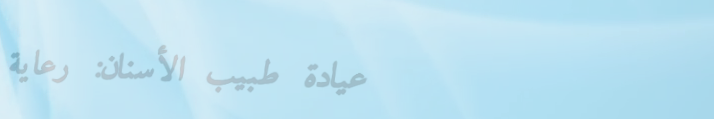
عيادة طبيب الأسنان: رعاية